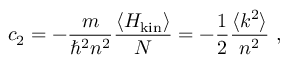
c _ { 2 } = - \frac { m } { \hbar ^ { 2 } n ^ { 2 } } \frac { \langle H _ { \mathrm { k i n } } \rangle } { N } = - \frac { 1 } { 2 } \frac { \langle k ^ { 2 } \rangle } { n ^ { 2 } } \ ,